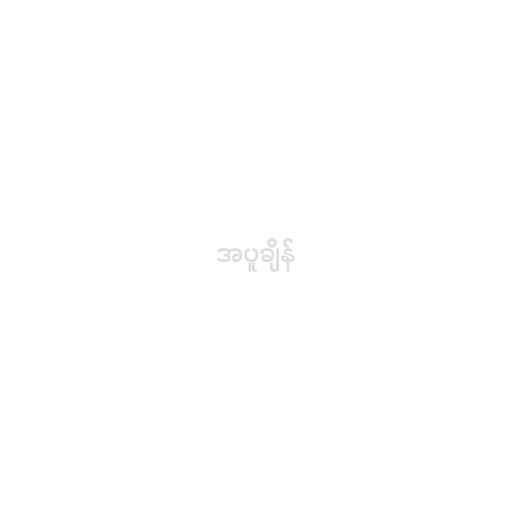
အပူချိန်